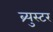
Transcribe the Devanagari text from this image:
ब्र्युस्टर